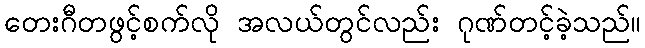
တေးဂီတဖွင့်စက်လို အလယ်တွင်လည်း ဂုဏ်တင့်ခဲ့သည်။